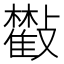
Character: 𣀧